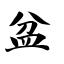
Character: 盆